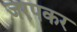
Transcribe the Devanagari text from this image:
जरपकर